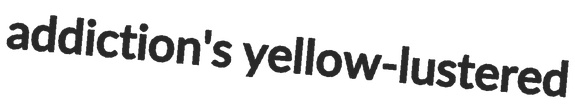
addiction's yellow-lustered